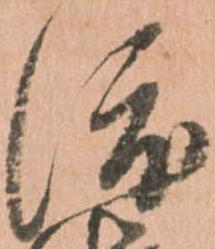
渡